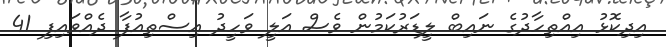
އިދިކޮޅު އިއްތިހާދުގެ ނައިބް ލީޑަރުކަމުން ވެސް އަލީ ވަހީދު އިސްތިއުފާ ދެއްވައިފި 41